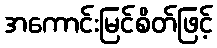
အကောင်းမြင်စိတ်ဖြင့်